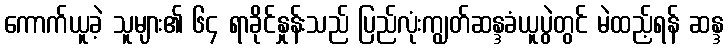
ကောက်ယူခဲ့ သူများ၏ ၆၄ ရာခိုင်နှုန်းသည် ပြည်လုံးကျွတ်ဆန္ဒခံယူပွဲတွင် မဲထည့်ရန် ဆန္ဒ